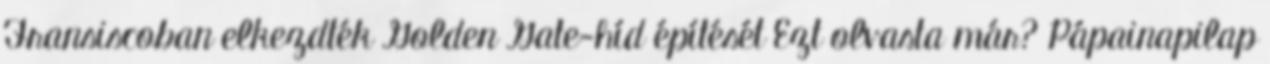
Fransiscoban elkezdték Golden Gate-híd építését Ezt olvasta már? Pápainapilap